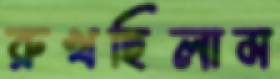
রুখছিলাম